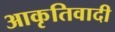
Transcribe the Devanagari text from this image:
आकृतिवादी